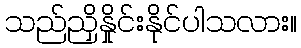
သည်ညှိနှိုင်းနိုင်ပါသလား။